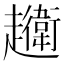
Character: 𧾦